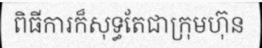
ពិធីការក៏សុទ្ធតែជាក្រុមហ៊ុន